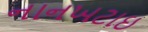
નાનખટાઇ